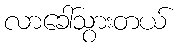
လာခေါ်သွားတယ်